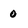
Character: 0